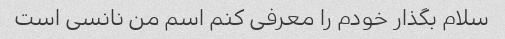
سلام بگذار خودم را معرفی کنم اسم من نانسی است